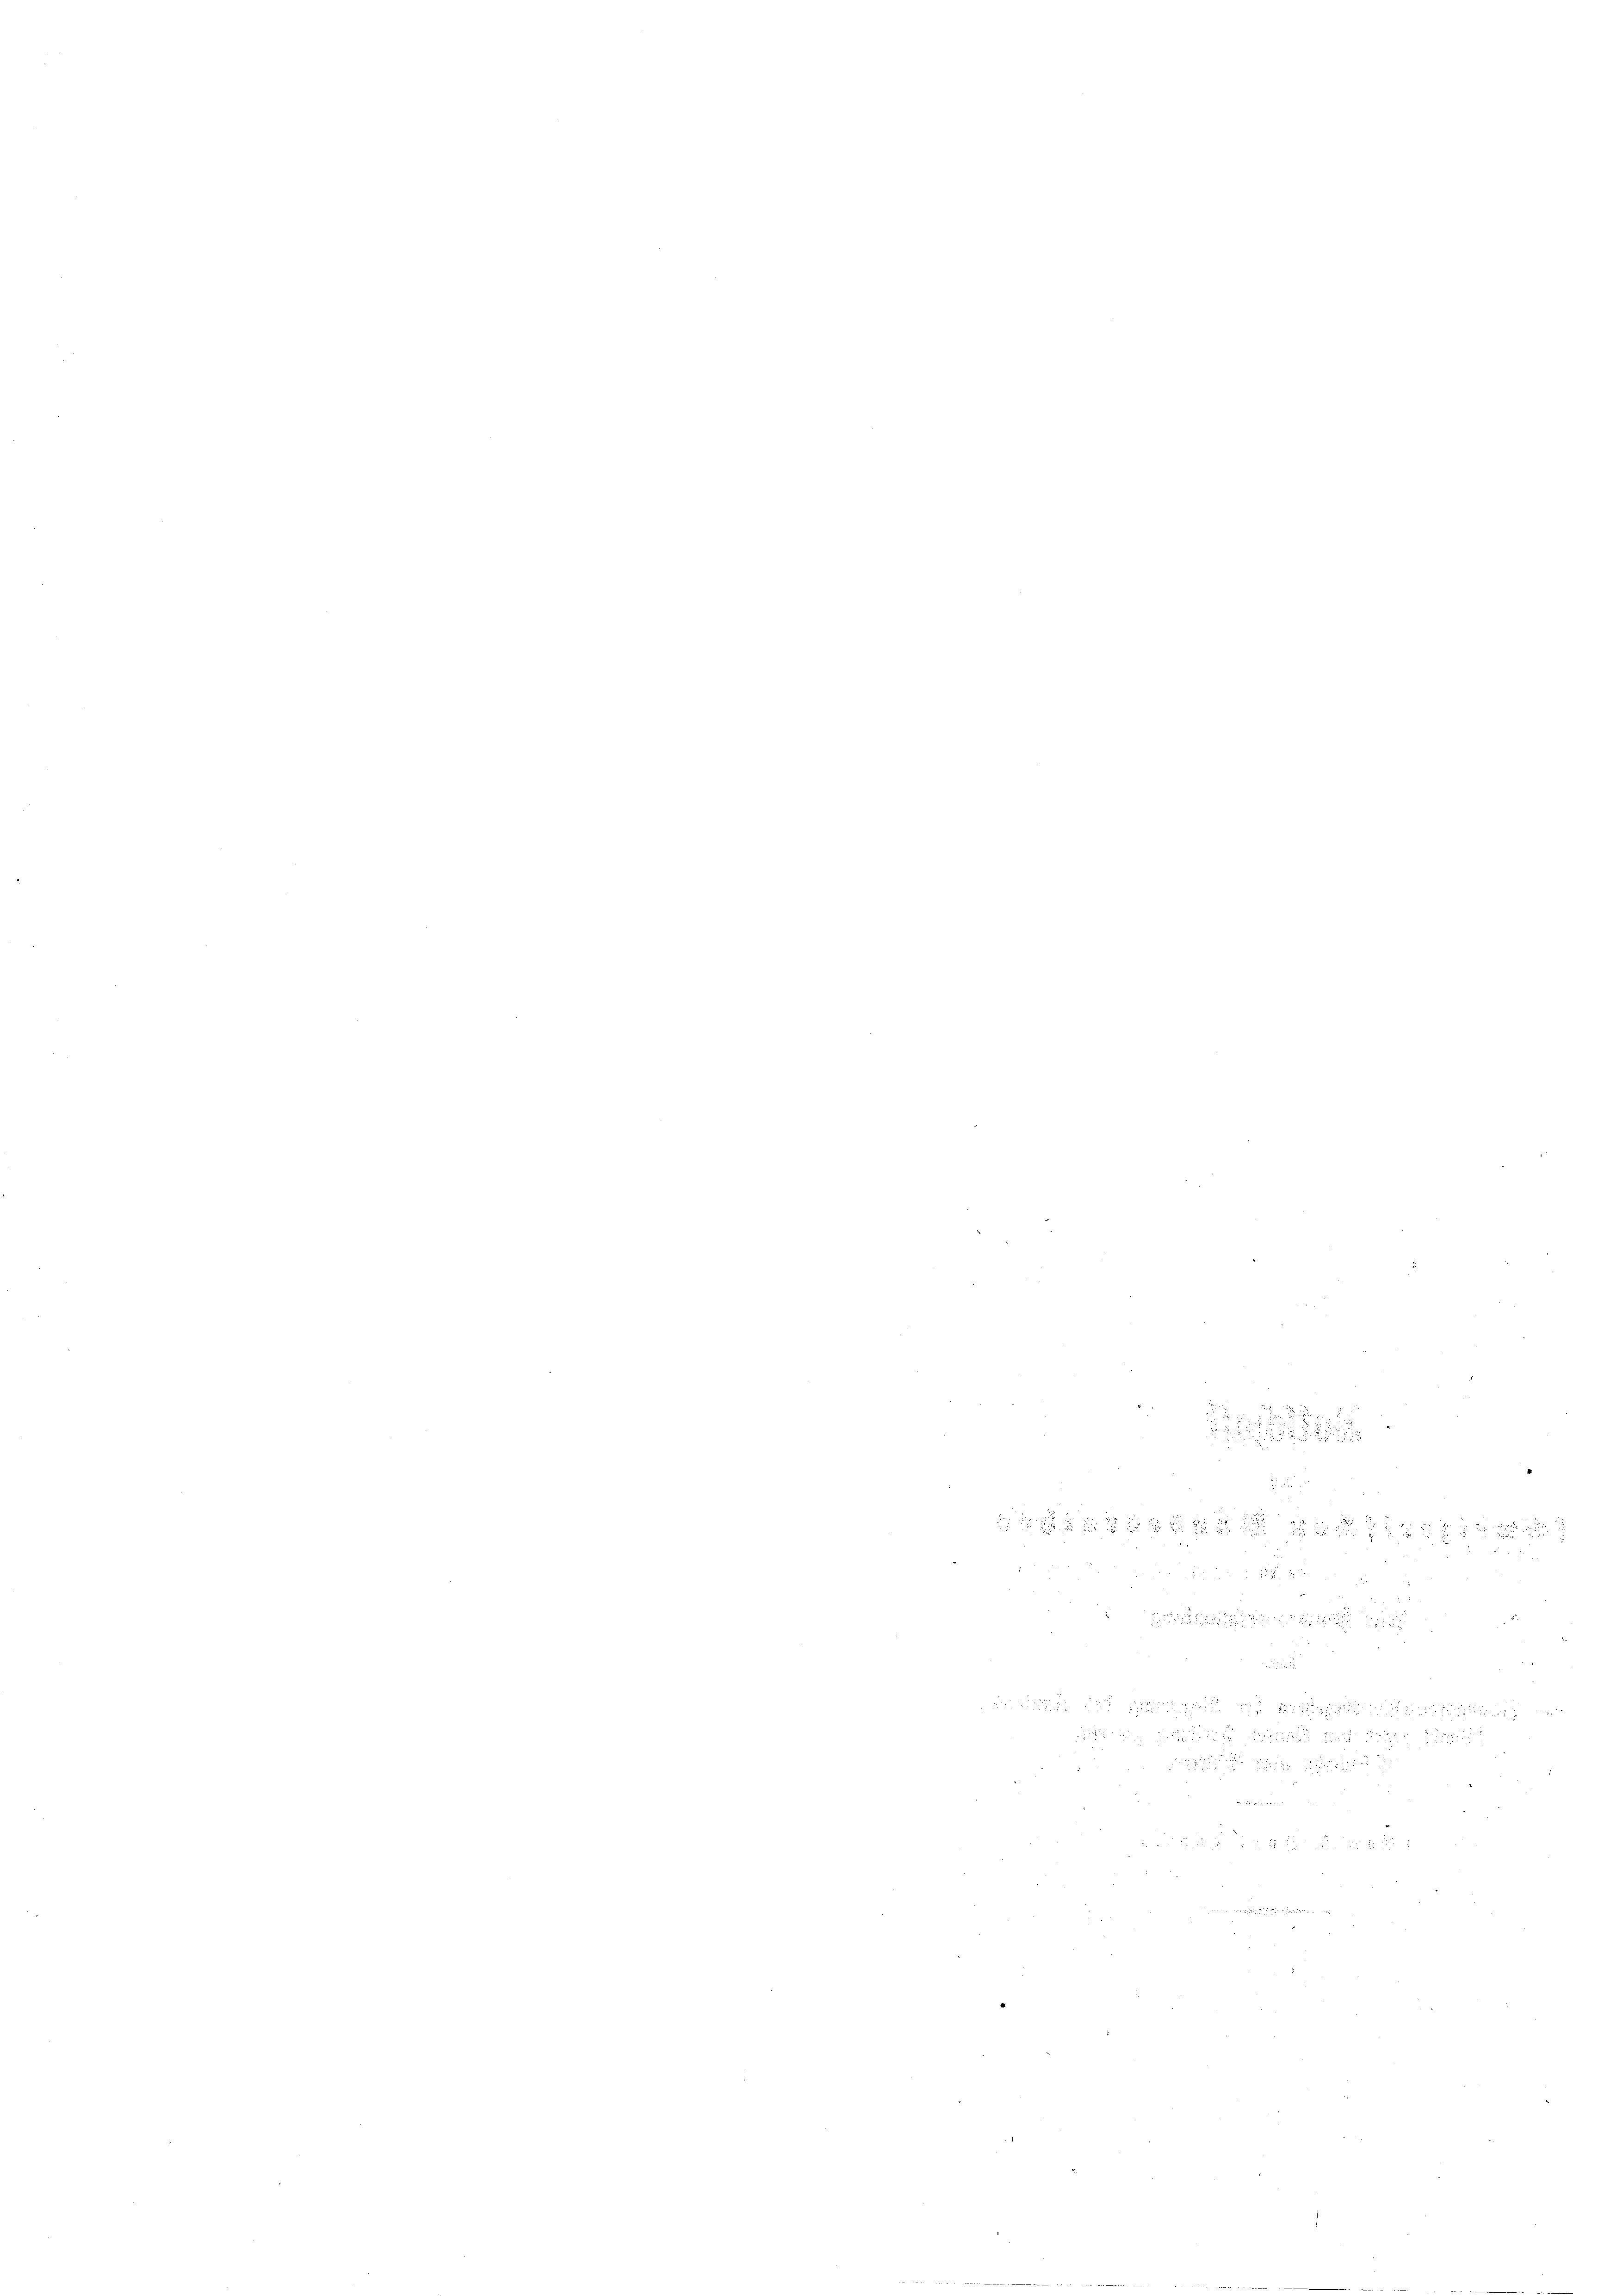
¬
n
.
d.

.

e

E

8

i

u
52

uation
und
8

e

e

Be

d
u